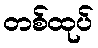
တစ်ထုပ်